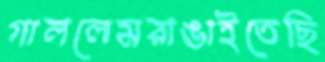
গাললেমরাঙাইতেছি